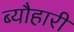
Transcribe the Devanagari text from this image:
ब्यौहारी